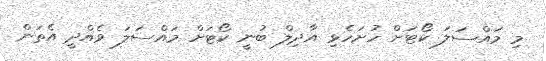
މި މައްސަލަ ކޯޓަށް ހުށަހެޅި އާދިލް ބުނީ ކޯޓަށް މައްސަލަ ވެއްދީ އެތަން